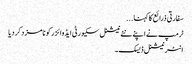
سفارتی ذرائع کا کہنا ...
ٹرمپ نے اپنے نئے نیشنل سکیورٹی ایڈوائزر کو نامزد کر دیا
انٹر نیشنل ڈیسک۔